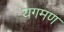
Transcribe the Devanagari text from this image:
यगमण